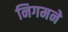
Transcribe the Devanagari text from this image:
निगमने